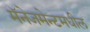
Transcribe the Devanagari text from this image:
मॅनेजमेन्टमधील